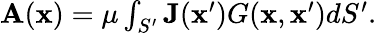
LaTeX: \begin{array}{r}{\mathbf{A}(\mathbf{x})=\mu\int_{S^{\prime}}\mathbf{J}(\mathbf{x}^{\prime})G(\mathbf{x},\mathbf{x}^{\prime})dS^{\prime}.}\end{array}